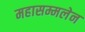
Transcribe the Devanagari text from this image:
महासम्मलेन